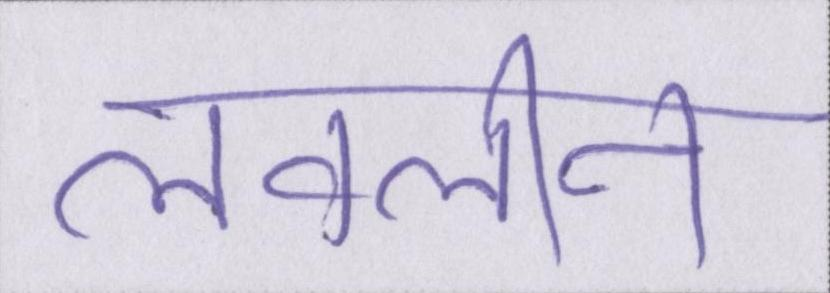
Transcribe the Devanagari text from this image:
लवलीन